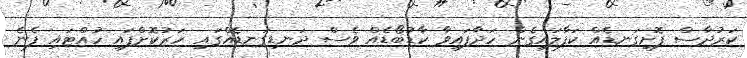
ކަރުދާސް ފޮށިގަނޑެއް ކަފާލައިގެން ހަދާފައިވާ ކާޑުބޯޑެއް ވެސް ދަނޑިގަނޑެއްގައި ހަރުކޮށްފައި ހުއްޓައި ފެނެ